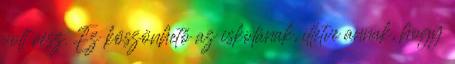
volt rész. Ez köszönhető az iskolának, illetve annak, hogy